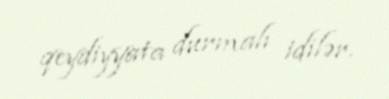
qeydiyyata durmalı idilər.